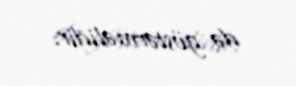
də göstərməlidir.